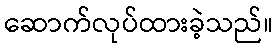
ဆောက်လုပ်ထားခဲ့သည်။